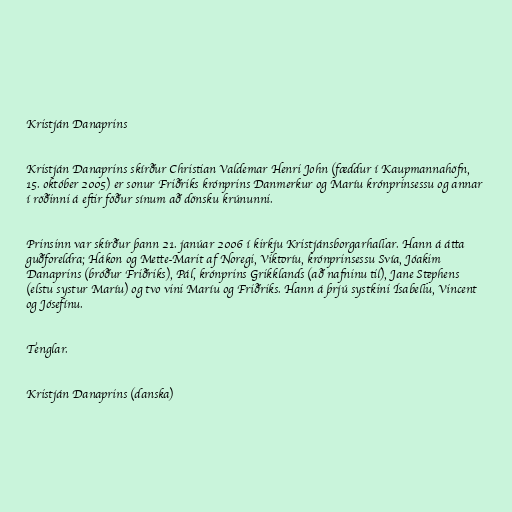
Kristján Danaprins

Kristján Danaprins skírður Christian Valdemar Henri John (fæddur í Kaupmannahöfn,
15. október 2005) er sonur Friðriks krónprins Danmerkur og Maríu krónprinsessu og annar
í röðinni á eftir föður sínum að dönsku krúnunni.

Prinsinn var skírður þann 21. janúar 2006 í kirkju Kristjánsborgarhallar. Hann á átta
guðforeldra; Hákon og Mette-Marit af Noregi, Viktoríu, krónprinsessu Svía, Jóakim
Danaprins (bróður Friðriks), Pál, krónprins Grikklands (að nafninu til), Jane Stephens
(elstu systur Maríu) og tvo vini Maríu og Friðriks. Hann á þrjú systkini Ísabellu, Vincent
og Jósefínu.

Tenglar.

Kristján Danaprins (danska)